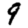
Digit: 9